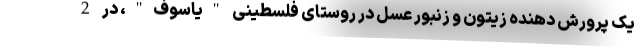
یک پرورش دهنده زیتون و زنبور عسل در روستای فلسطینی "یاسوف"، در 2